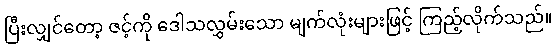
ပြီးလျှင်တော့ ဇင့်ကို ဒေါသလွှမ်းသော မျက်လုံးများဖြင့် ကြည့်လိုက်သည်။